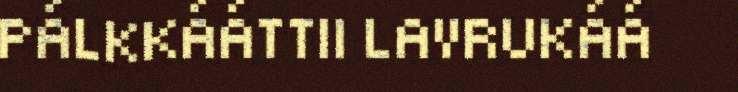
PÁLKKÁÁTTII LAVRUKÁÁ